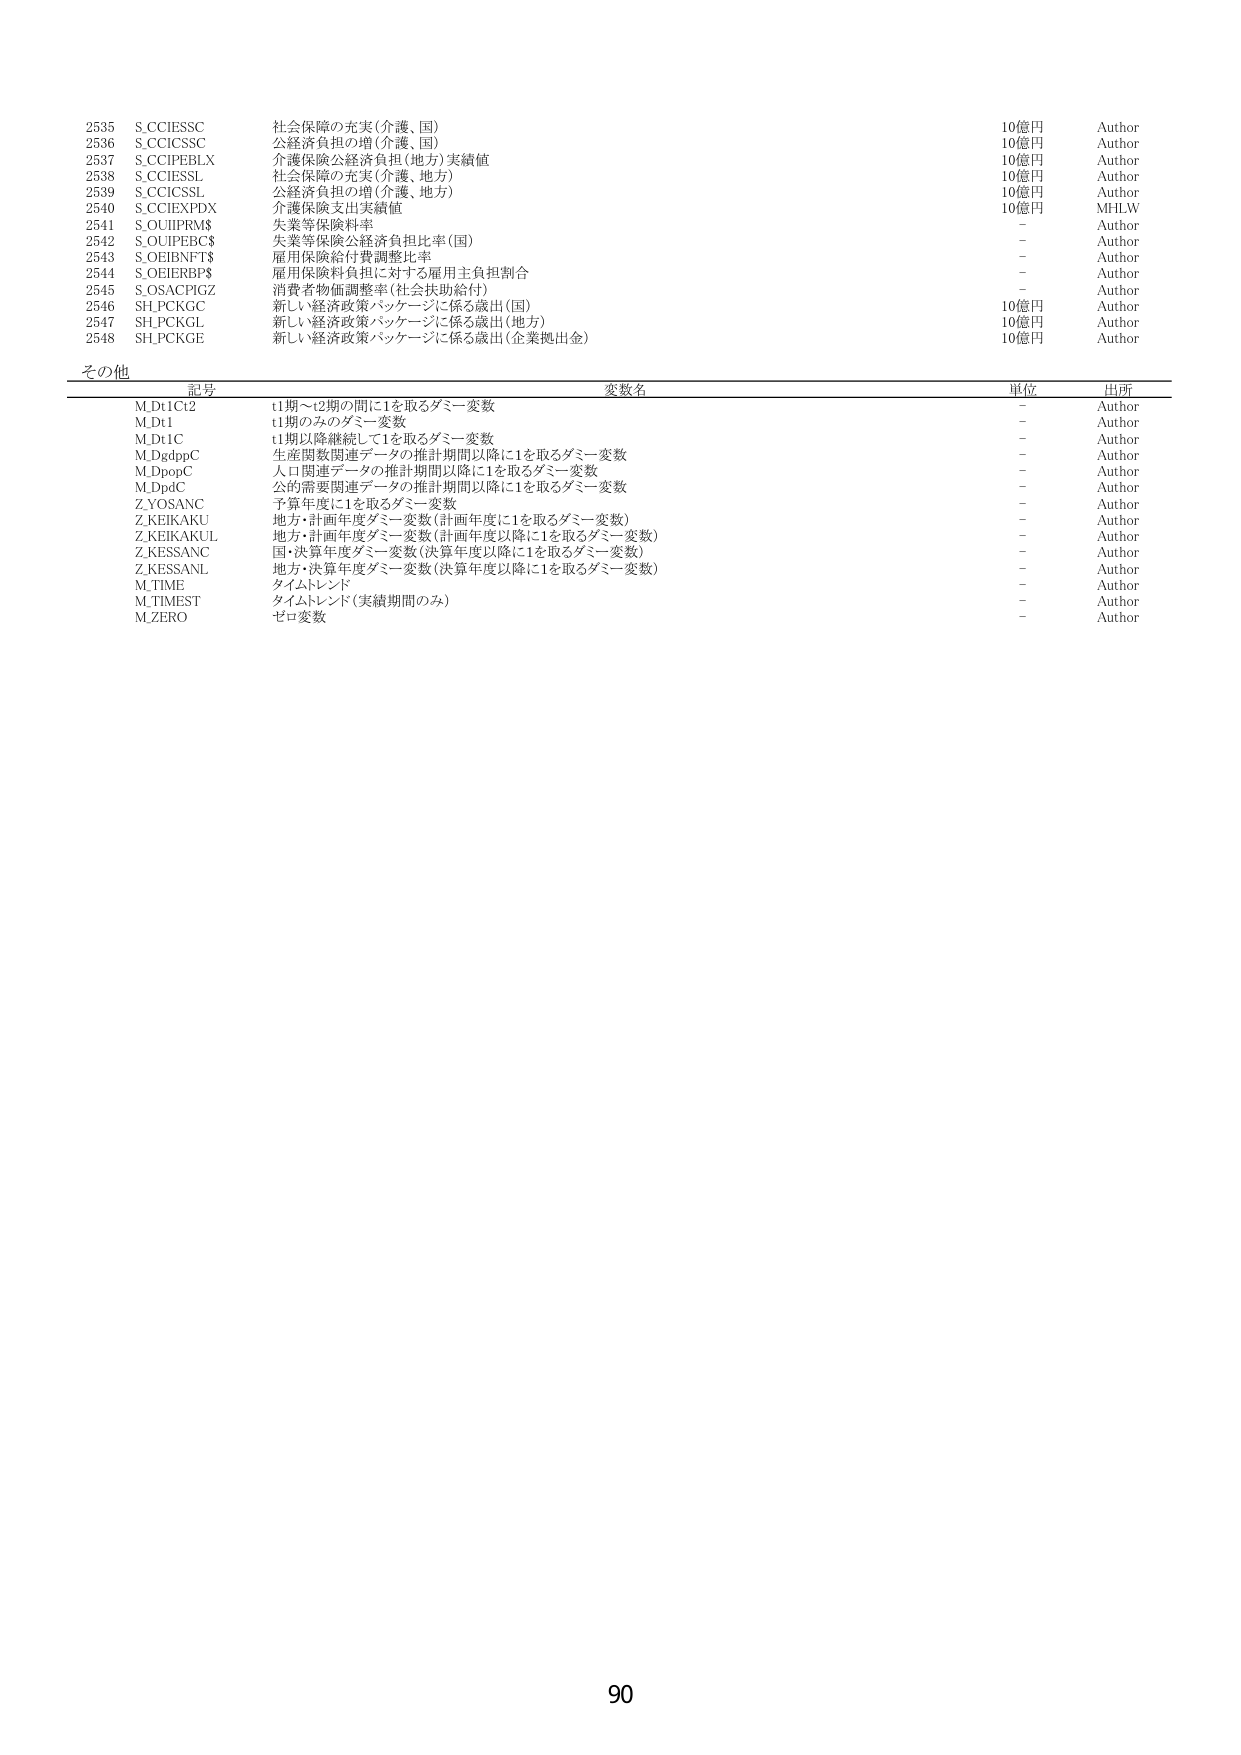
2535 S.CCIESSC 社会保障の充実(介護、国) 10億円 Author
2536 S.CCICSSC 公経済負担の増(介護、国) 10億円 Author
2537 S.CCIPEBLX 介護保険公経済負担(地方)実績値 10億円 Author
2538 S.CCIESSL 社会保障の充実(介護、地方) 10億円 Author
2539 S.CCICSSL 公経済負担の増(介護、地方) 10億円 Author
2540 S.CCIEXPDX 介護保険支出実績値 10億円 MHLW
2541 S.OUIIPRM$ 失業等保険料率 - Author
2542 S.OUIPEBC$ 失業等保険公経済負担比率(国) - Author
2543 S.OEIBNFT$ 雇用保険給付費調整比率 - Author
2544 S.OEIERBP$ 雇用保険負担に対する雇用主負担割合 - Author
2545 S.OSACPIGZ 消費者物価調整率(社会扶助給付) - Author
2546 SH.PCKGC 新しい経済政策パッケージに係る歳出(国) 10億円 Author
2547 SH.PCKGL 新しい経済政策パッケージに係る歳出(地方) 10億円 Author
2548 SH.PCKGE 新しい経済政策パッケージに係る歳出(企業拠出金) 10億円 Author

その他
記号 変数名 単位 出所
M.Dt1C12 t1期～t2期の間に1を取るダミー変数 - Author
M.Dt1 t1期のみのダミー変数 - Author
M.Dt1C t1期以降継続して1を取るダミー変数 - Author
M.DgdpPC 生産関数関連データの推計期間以降に1を取るダミー変数 - Author
M.DpopC 人口関連データの推計期間以降に1を取るダミー変数 - Author
M.DpdC 公的需要関連データの推計期間以降に1を取るダミー変数 - Author
Z.YOSANC 予算年度に1を取るダミー変数 - Author
Z.KEIKAKU 地方・計画年度ダミー変数(計画年度に1を取るダミー変数) - Author
Z.KEIKAKUL 地方・計画年度ダミー変数(計画年度以降に1を取るダミー変数) - Author
Z.KESSANC 国・決算年度ダミー変数(決算年度に1を取るダミー変数) - Author
Z.KESSANL 地方・決算年度ダミー変数(決算年度以降に1を取るダミー変数) - Author
M.TIME タイムトレンド - Author
M.TIMEST タイムトレンド(実績期間のみ) - Author
M.ZERO ゼロ変数 - Author

90